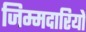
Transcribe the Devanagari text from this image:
जिम्मदारियों